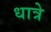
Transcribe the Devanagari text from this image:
धात्रे